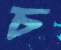
চ